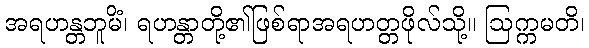
အရဟန္တဘူမိံ၊ ရဟန္တာတို့၏ဖြစ်ရာအရဟတ္တဖိုလ်သို့။ ဩက္ကမတိ၊